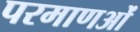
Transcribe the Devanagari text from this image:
परमाणओं